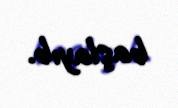
başlayıb.